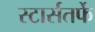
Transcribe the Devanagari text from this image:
स्टार्सतर्फे